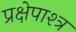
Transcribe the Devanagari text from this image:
प्रक्षेपाश्त्र